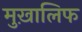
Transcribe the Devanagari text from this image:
मुख़ालिफ